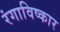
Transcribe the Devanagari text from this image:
रंगाविष्कार